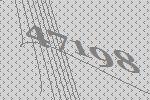
47198